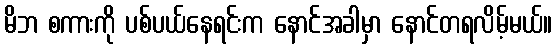
မိဘ စကားကို ပစ်ပယ်နေရင်းက နောင်အခါမှာ နောင်တရလိမ့်မယ်။